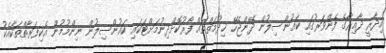
އިދާރީ ދާއިރާގެ ފެންވަރުގައި ކައުންސިލުން ދޭންޖެހޭ ޚިދުމަތްތައް ފޯރުކޮށްދިނުމަށްޓަކައި ކައުންސިލުން ނިންމުމުން އެކިފަރާތްތަކާއެކު